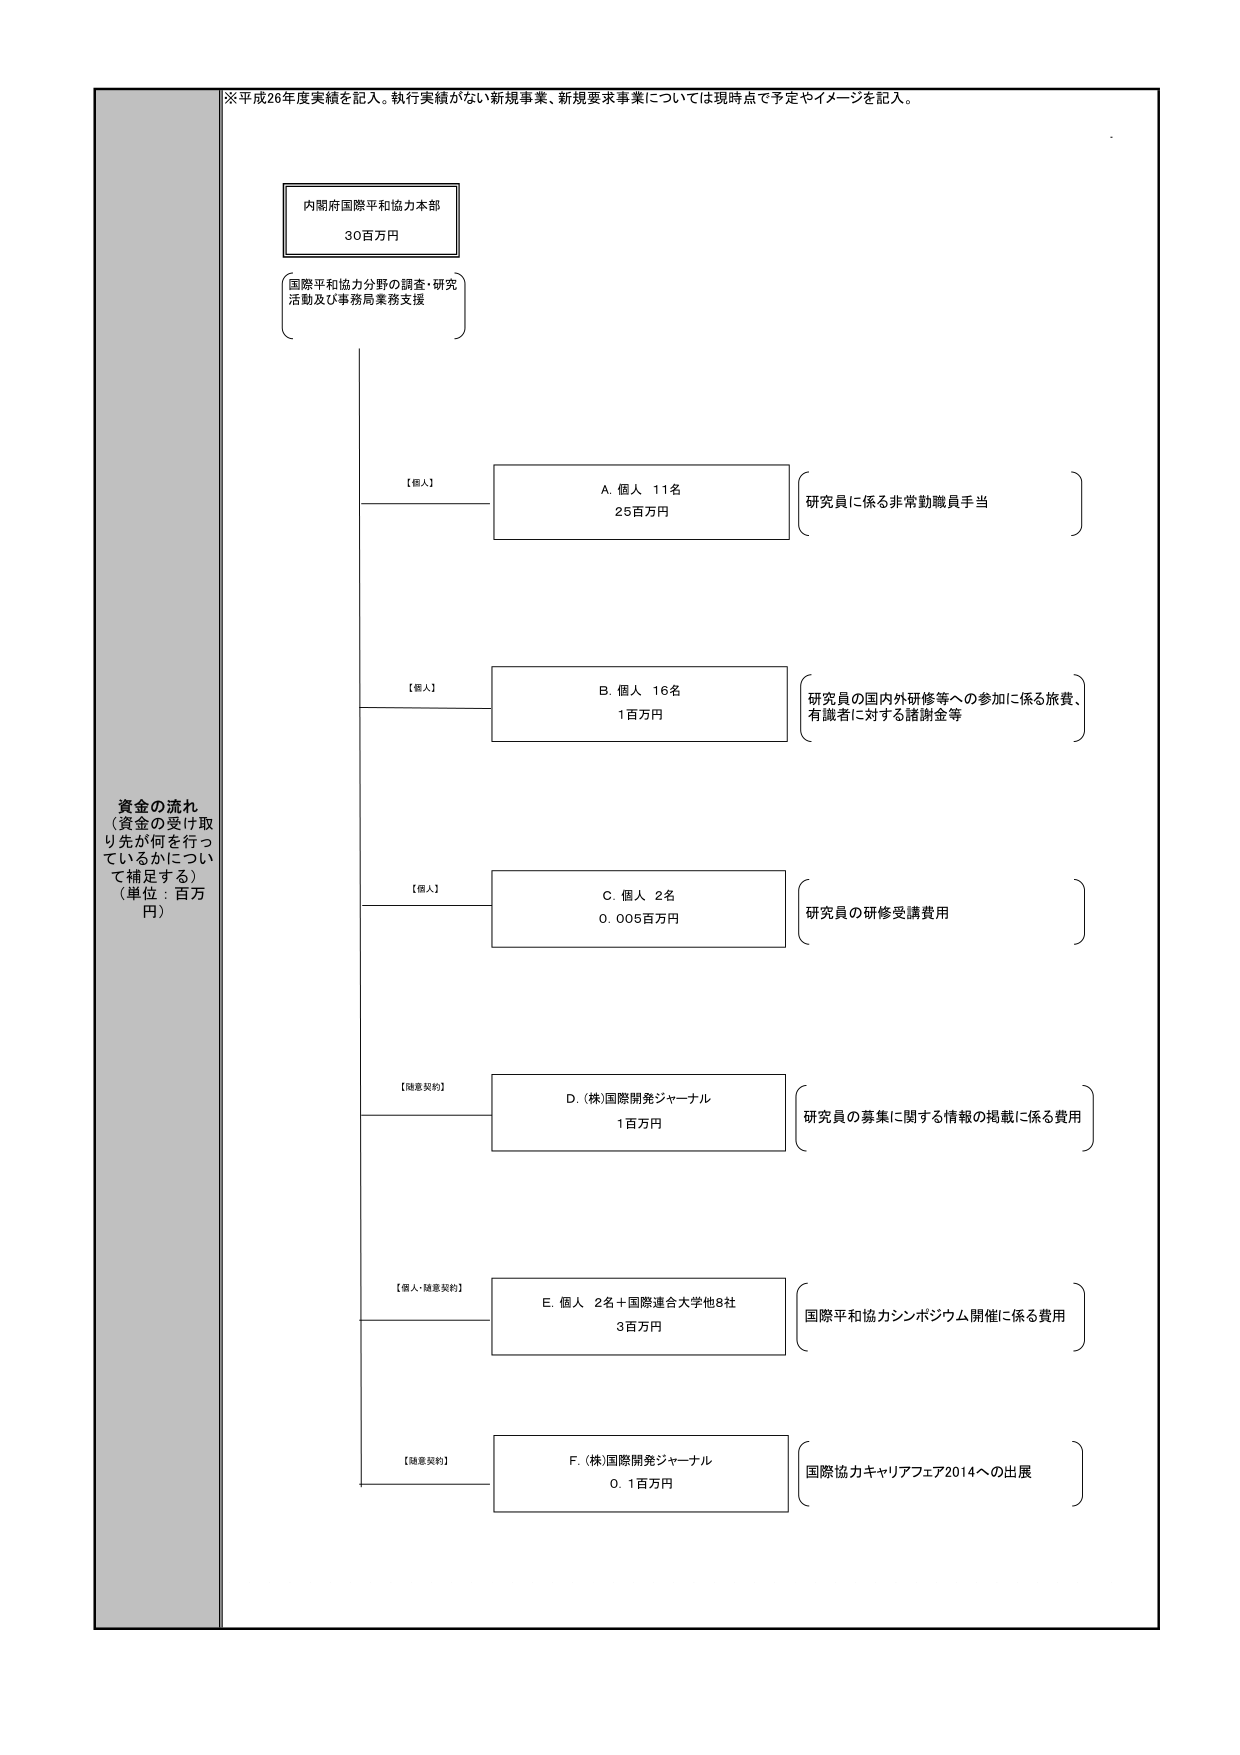
※平成26年度実績を記入。執行実績がない新規事業、新規要求事業については現時点で予定やイメージを記入。

内閣府国際平和協力本部
30百万円

国際平和協力分野の調査・研究
活動及び事務局業務支援

【個人】
A. 個人 11名
25百万円
（研究員に係る非常勤職員手当）

【個人】
B. 個人 16名
1百万円
（研究員の国内外研修等への参加に係る旅費、
有識者に対する諸謝金等）

【個人】
C. 個人 2名
0.005百万円
（研究員の研修受講費用）

【随意契約】
D. (株)国際開発ジャーナル
1百万円
（研究員の募集に関する情報の掲載に係る費用）

【個人・随意契約】
E. 個人 2名＋国際連合大学他8社
3百万円
（国際平和協力シンポジウム開催に係る費用）

【随意契約】
F. (株)国際開発ジャーナル
0.1百万円
（国際協力キャリアフェア2014への出展）

資金の流れ
（資金の受け取り先が何を行っているかについて補足する）
（単位：百万円）